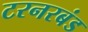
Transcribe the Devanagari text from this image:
टरनरबंड